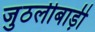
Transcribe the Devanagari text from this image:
जुठलीबाड़ी